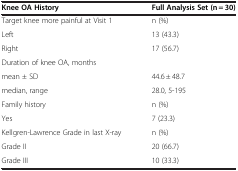
| Knee OA History | Full Analysis Set (n = 30) |
 | --- | --- |
 | Target knee more painful at Visit 1 | n (%) |
 | Left | 13 (43.3) |
 | Right | 17 (56.7) |
 | Duration of knee OA, months |  |
 | mean ± SD | 44.6 ± 48.7 |
 | median, range | 28.0, 5-195 |
 | Family history | n (%) |
 | Yes | 7 (23.3) |
 | Kellgren-Lawrence Grade in last X-ray | n (%) |
 | Grade II | 20 (66.7) |
 | Grade III | 10 (33.3) |